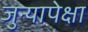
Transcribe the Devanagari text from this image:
जुन्यापेक्षा